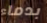
بدماء